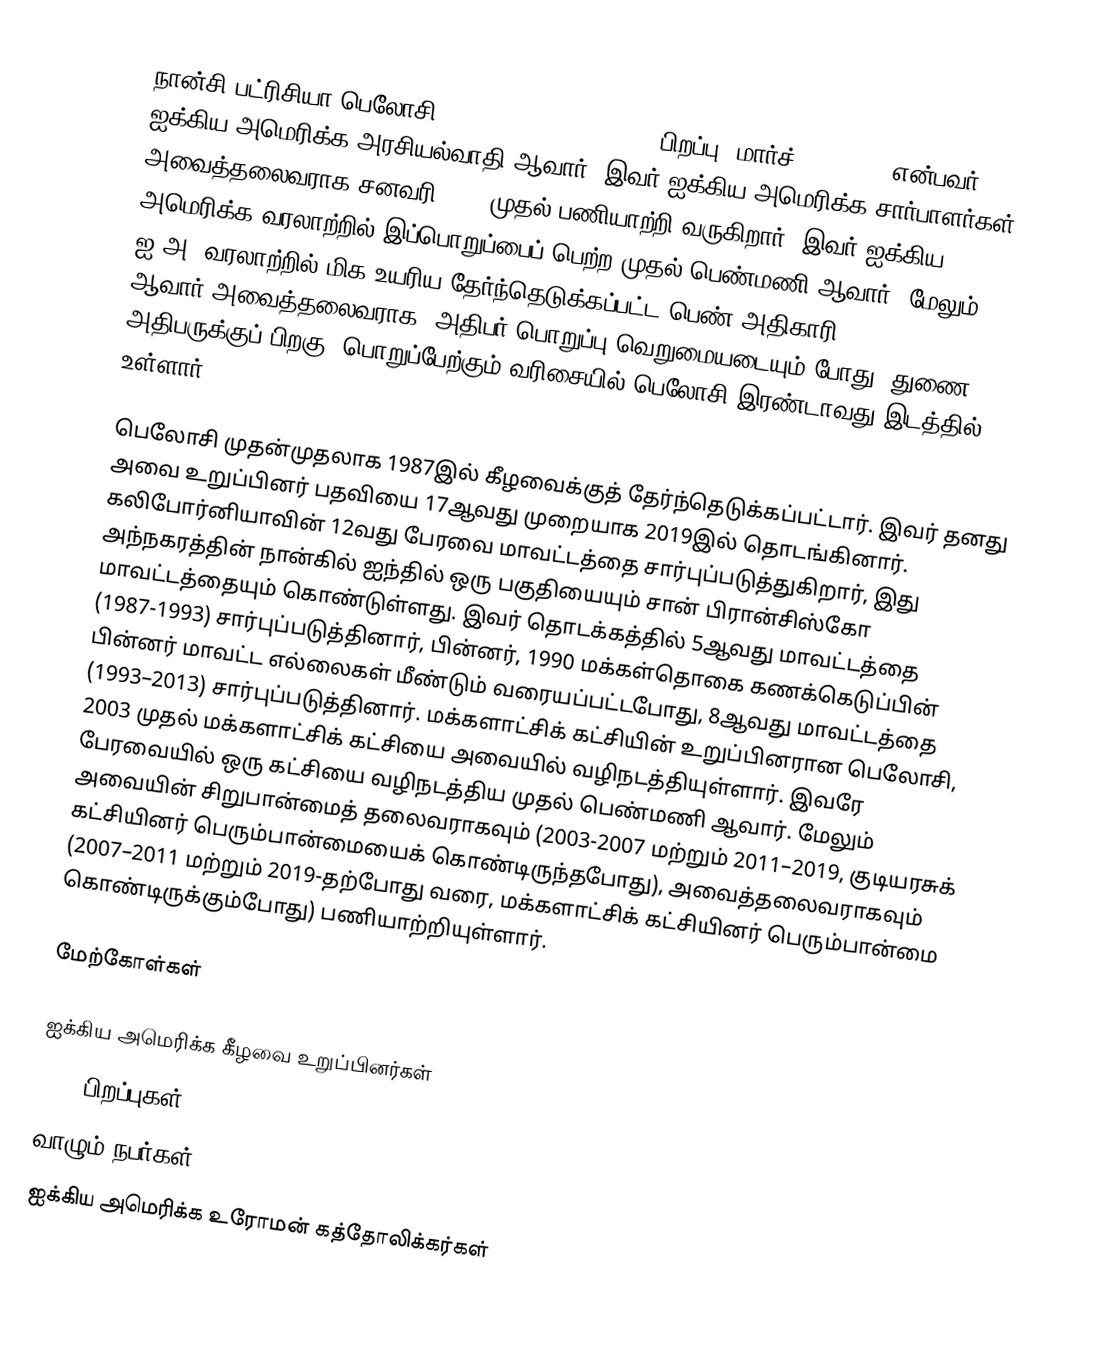
நான்சி பட்ரிசியா பெலோசி (Nancy Patricia Pelosi, பிறப்பு: மார்ச் 26, 1940) என்பவர் ஐக்கிய அமெரிக்க அரசியல்வாதி ஆவார். இவர் ஐக்கிய அமெரிக்க சார்பாளர்கள் அவைத்தலைவராக சனவரி 2019 முதல் பணியாற்றி வருகிறார். இவர் ஐக்கிய அமெரிக்க வரலாற்றில் இப்பொறுப்பைப் பெற்ற முதல் பெண்மணி ஆவார், மேலும் ஐ.அ. வரலாற்றில் மிக உயரிய தேர்ந்தெடுக்கப்பட்ட பெண் அதிகாரி ஆவார்.அவைத்தலைவராக, அதிபர் பொறுப்பு வெறுமையடையும் போது, துணை அதிபருக்குப் பிறகு, பொறுப்பேற்கும் வரிசையில் பெலோசி இரண்டாவது இடத்தில் உள்ளார்.

பெலோசி முதன்முதலாக 1987இல் கீழவைக்குத் தேர்ந்தெடுக்கப்பட்டார். இவர் தனது அவை உறுப்பினர் பதவியை 17ஆவது முறையாக 2019இல் தொடங்கினார். கலிபோர்னியாவின் 12வது பேரவை மாவட்டத்தை சார்புப்படுத்துகிறார், இது அந்நகரத்தின் நான்கில் ஐந்தில் ஒரு பகுதியையும் சான் பிரான்சிஸ்கோ மாவட்டத்தையும் கொண்டுள்ளது. இவர் தொடக்கத்தில் 5ஆவது மாவட்டத்தை (1987-1993) சார்புப்படுத்தினார், பின்னர், 1990 மக்கள்தொகை கணக்கெடுப்பின் பின்னர் மாவட்ட எல்லைகள் மீண்டும் வரையப்பட்டபோது, 8ஆவது மாவட்டத்தை (1993–2013) சார்புப்படுத்தினார். மக்களாட்சிக் கட்சியின் உறுப்பினரான பெலோசி, 2003 முதல் மக்களாட்சிக் கட்சியை அவையில் வழிநடத்தியுள்ளார். இவரே பேரவையில் ஒரு கட்சியை வழிநடத்திய முதல் பெண்மணி ஆவார். மேலும் அவையின் சிறுபான்மைத் தலைவராகவும் (2003-2007 மற்றும் 2011–2019, குடியரசுக் கட்சியினர் பெரும்பான்மையைக் கொண்டிருந்தபோது), அவைத்தலைவராகவும் (2007–2011 மற்றும் 2019-தற்போது வரை, மக்களாட்சிக் கட்சியினர் பெரும்பான்மை கொண்டிருக்கும்போது) பணியாற்றியுள்ளார்.

மேற்கோள்கள்

ஐக்கிய அமெரிக்க கீழவை உறுப்பினர்கள்
1940 பிறப்புகள்
வாழும் நபர்கள்
ஐக்கிய அமெரிக்க உரோமன் கத்தோலிக்கர்கள்